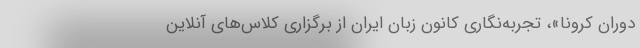
دوران کرونا»، تجربه‌نگاری کانون زبان ایران از برگزاری کلاس‌های آنلاین